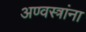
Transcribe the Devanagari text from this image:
अण्वस्त्रांना